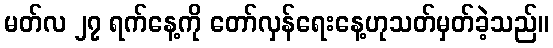
မတ်လ ၂၇ ရက်နေ့ကို တော်လှန်ရေးနေ့ဟုသတ်မှတ်ခဲ့သည်။